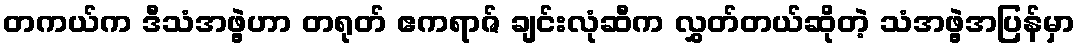
တကယ်က ဒီသံအဖွဲ့ဟာ တရုတ် ဧကရာဇ် ချင်းလုံဆီက လွှတ်တယ်ဆိုတဲ့ သံအဖွဲ့အပြန်မှာ